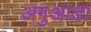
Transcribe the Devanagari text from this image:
अगुआडा